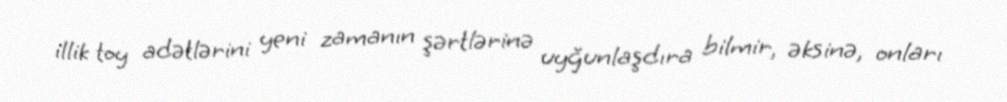
illik toy adətlərini yeni zamanın şərtlərinə uyğunlaşdıra bilmir, əksinə, onları